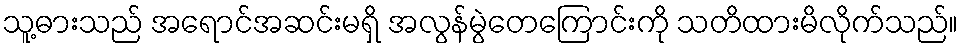
သူ့ဓားသည် အရောင်အဆင်းမရှိ အလွန်မွဲတေကြောင်းကို သတိထားမိလိုက်သည်။